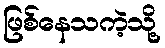
ဖြစ်နေသကဲ့သို့